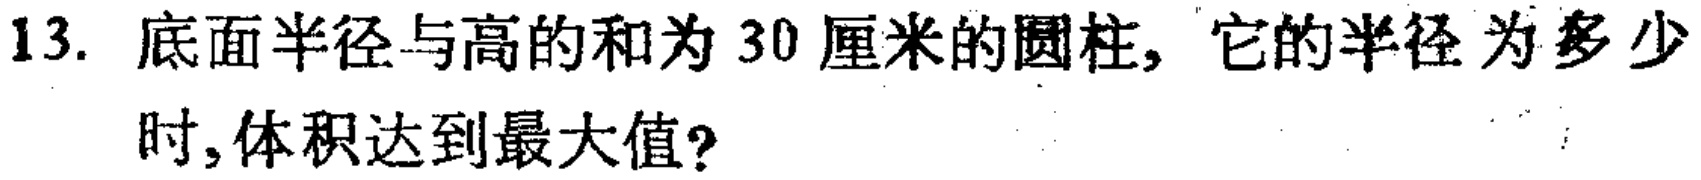
13. 底面半径与高的和为 30 厘米的圆柱，它的半径为多少时，体积达到最大值?